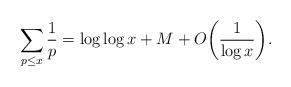
LaTeX: \begin{align*}\sum_{p\leq x}\frac{1}{p}=\log\log x +M+O\bigg(\frac{1}{\log x}\bigg). \end{align*}